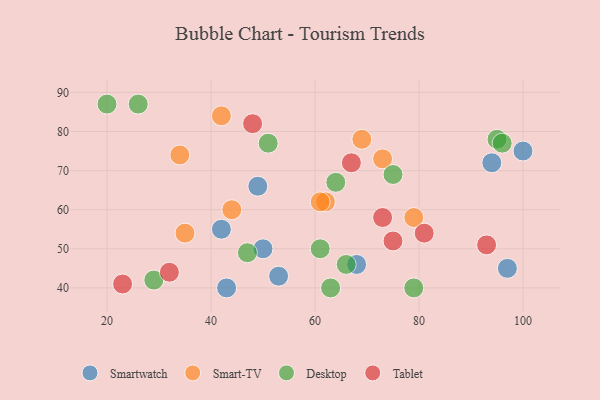
{"axis": {"x": "GDP", "y": "Life Expectancy"}, "legend": ["Desktop", "Smart-TV", "Smartwatch", "Tablet"], "data": [{"x": "68", "y": 46, "type": "Smartwatch"}, {"x": "43", "y": 40, "type": "Smartwatch"}, {"x": "42", "y": 55, "type": "Smartwatch"}, {"x": "53", "y": 43, "type": "Smartwatch"}, {"x": "100", "y": 75, "type": "Smartwatch"}, {"x": "50", "y": 50, "type": "Smartwatch"}, {"x": "94", "y": 72, "type": "Smartwatch"}, {"x": "49", "y": 66, "type": "Smartwatch"}, {"x": "97", "y": 45, "type": "Smartwatch"}, {"x": "62", "y": 62, "type": "Smart-TV"}, {"x": "73", "y": 73, "type": "Smart-TV"}, {"x": "34", "y": 74, "type": "Smart-TV"}, {"x": "42", "y": 84, "type": "Smart-TV"}, {"x": "44", "y": 60, "type": "Smart-TV"}, {"x": "35", "y": 54, "type": "Smart-TV"}, {"x": "61", "y": 62, "type": "Smart-TV"}, {"x": "79", "y": 58, "type": "Smart-TV"}, {"x": "69", "y": 78, "type": "Smart-TV"}, {"x": "95", "y": 78, "type": "Desktop"}, {"x": "47", "y": 49, "type": "Desktop"}, {"x": "66", "y": 46, "type": "Desktop"}, {"x": "26", "y": 87, "type": "Desktop"}, {"x": "96", "y": 77, "type": "Desktop"}, {"x": "63", "y": 40, "type": "Desktop"}, {"x": "29", "y": 42, "type": "Desktop"}, {"x": "51", "y": 77, "type": "Desktop"}, {"x": "61", "y": 50, "type": "Desktop"}, {"x": "20", "y": 87, "type": "Desktop"}, {"x": "79", "y": 40, "type": "Desktop"}, {"x": "75", "y": 69, "type": "Desktop"}, {"x": "64", "y": 67, "type": "Desktop"}, {"x": "93", "y": 51, "type": "Tablet"}, {"x": "75", "y": 52, "type": "Tablet"}, {"x": "48", "y": 82, "type": "Tablet"}, {"x": "67", "y": 72, "type": "Tablet"}, {"x": "23", "y": 41, "type": "Tablet"}, {"x": "32", "y": 44, "type": "Tablet"}, {"x": "81", "y": 54, "type": "Tablet"}, {"x": "73", "y": 58, "type": "Tablet"}]}